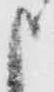
申